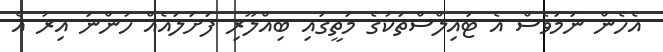
އެހެން ނަމަވެސް އެ ޓައިލްސްތަކުގެ މަތީގައި ބިއްލޫރި ފަށަލައެއް ހުންނަ އިރު އެ